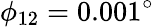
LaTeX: \phi_{12}=0.001^{\circ}